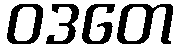
ဝဒတေ